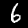
Label: 6